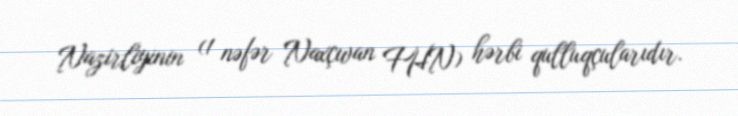
Nazirliyinin (1 nəfər Naxçıvan FHN) hərbi qulluqçularıdır.